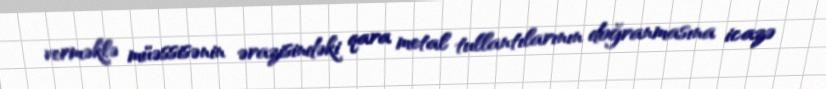
verməklə müəssisənin ərazisindəki qara metal tullantılarının doğranmasına icazə